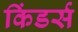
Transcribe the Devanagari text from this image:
किंडर्स